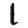
Digit: 1